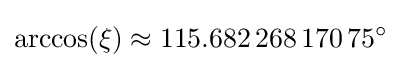
\arccos(\xi )\approx 115.682\,268\,170\,75^{\circ }